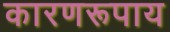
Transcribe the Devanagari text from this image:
कारणरूपाय